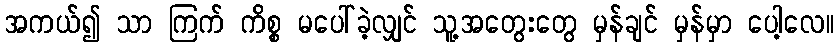
အကယ်၍ သာ ကြက် ကိစ္စ မပေါ်ခဲ့လျှင် သူ့အတွေးတွေ မှန်ချင် မှန်မှာ ပေါ့လေ။